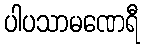
ပါပသာမဏေရီ